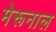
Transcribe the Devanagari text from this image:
मेरूनाल